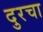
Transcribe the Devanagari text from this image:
दुरचा